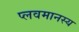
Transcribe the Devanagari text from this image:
प्लवमानस्य